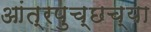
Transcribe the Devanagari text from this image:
आंत्रपुच्छच्या